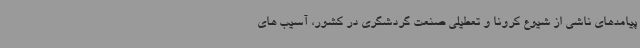
پیامدهای ناشی از شیوع کرونا و تعطیلی صنعت گردشگری در کشور، آسیب های